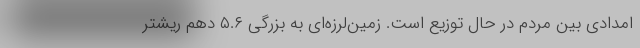
امدادی بین مردم در حال توزیع است‌. زمین‌لرزه‌ای به بزرگی ۵.۶ دهم ریشتر